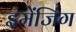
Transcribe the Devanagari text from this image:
इमेंजिंग